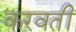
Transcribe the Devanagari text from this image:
करवतीं